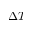
\Delta T